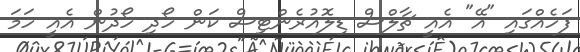
ފަހެއްގައި "އޭ" އެއީ ޗާލްސް ޑިލޮއުރެންޓިސް ކަން ހޯދި ހޯދުން އެއީ ހަމަ